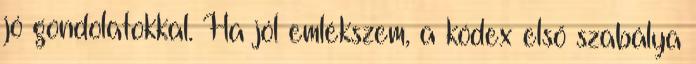
jó gondolatokkal. Ha jól emlékszem, a kódex első szabálya